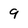
Character: 9